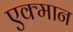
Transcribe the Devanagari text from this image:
एक्मान